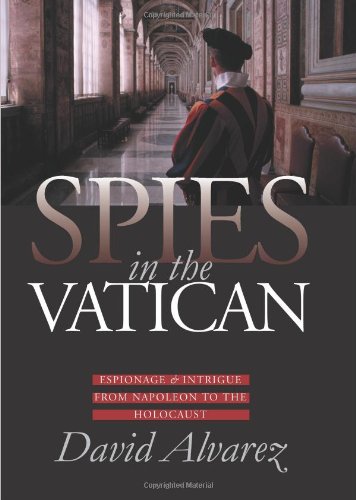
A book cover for Spies in the Vatican: Espionage and Intrigue from Napoleon to the Holocaust (Modern War Studies); David Alvarez; History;